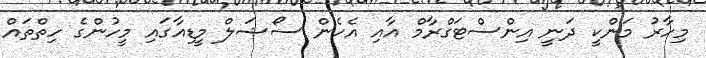
މިހާރު މަންކީ ދަނީ އިންސްޓަގްރާމް އާއި އެހެން ސޯޝަލް މީޑިއާގައި މީހުންގެ ހިތްތައް